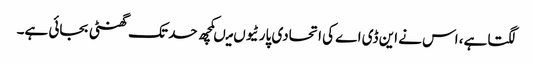
لگتا ہے، اس نے این ڈی اے کی اتحادی پارٹیوں میںکچھ حد تک گھنٹی بجائی ہے۔